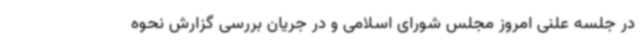
در جلسه علنی امروز مجلس شورای اسلامی و در جریان بررسی گزارش نحوه